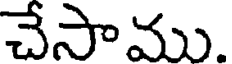
చేసాము.